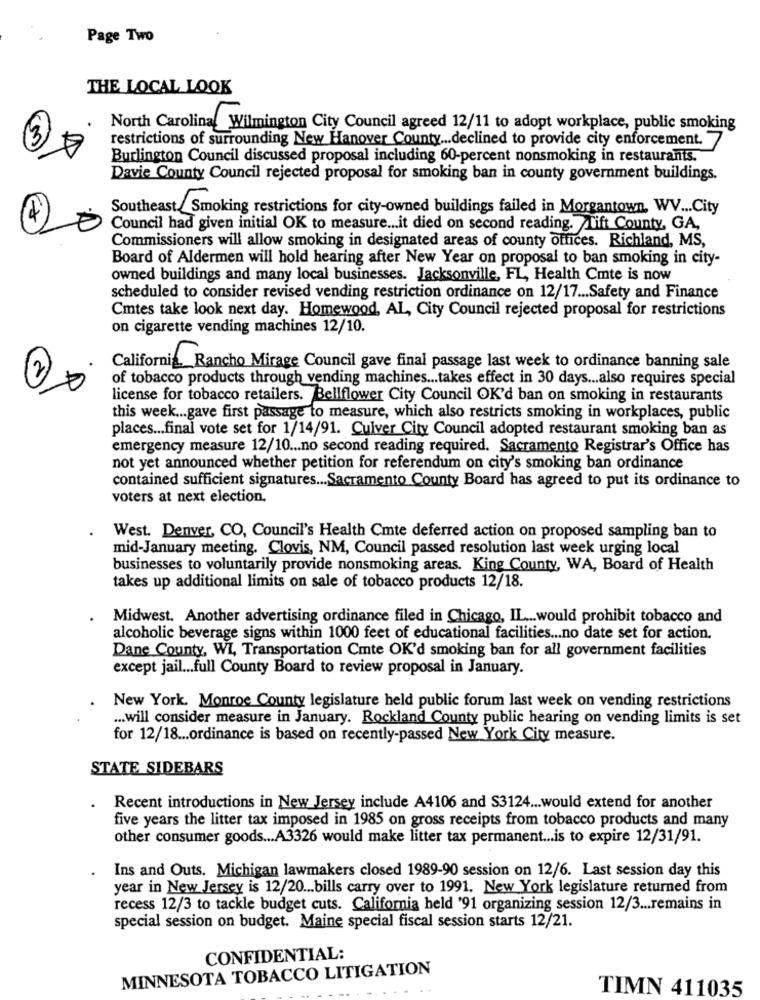
Page Two
THE LOCAL LOOK
North Carolina Wilmington City Council agreed 12/11 to adopt workplace, public smoking
restrictions of surrounding New Hanover County ... declined to provide city enforcement. 7
Burlington Council discussed proposal including 60-percent nonsmoking in restaurants.
Davie County Council rejected proposal for smoking ban in county government buildings.
Southeast./ Smoking restrictions for city-owned buildings failed in Morgantown, WV ... City
Council had given initial OK to measure ... it died on second reading. Tift County, GA,
Commissioners will allow smoking in designated areas of county offices. Richland, MS,
Board of Aldermen will hold hearing after New Year on proposal to ban smoking in city-
owned buildings and many local businesses. Jacksonville, FL, Health Cmte is now
scheduled to consider revised vending restriction ordinance on 12/17 ... Safety and Finance
Cmtes take look next day. Homewood, AL, City Council rejected proposal for restrictions
on cigarette vending machines 12/10.
California Rancho Mirage Council gave final passage last week to ordinance banning sale
of tobacco products through vending machines ... takes effect in 30 days ... also requires special
license for tobacco retailers. Bellflower City Council OK'd ban on smoking in restaurants
this week ... gave first passage to measure, which also restricts smoking in workplaces, public
places ... final vote set for 1/14/91. Culver City Council adopted restaurant smoking ban as
emergency measure 12/10 ... no second reading required. Sacramento Registrar's Office has
not yet announced whether petition for referendum on city's smoking ban ordinance
contained sufficient signatures ... Sacramento County Board has agreed to put its ordinance to
voters at next election.
West. Denver, CO, Council's Health Cmte deferred action on proposed sampling ban to
mid-January meeting. Clovis, NM, Council passed resolution last week urging local
businesses to voluntarily provide nonsmoking areas. King County, WA, Board of Health
takes up additional limits on sale of tobacco products 12/18.
Midwest. Another advertising ordinance filed in Chicago, IL ... would prohibit tobacco and
alcoholic beverage signs within 1000 feet of educational facilities ... no date set for action.
Dane County, WL, Transportation Cite OK'd smoking ban for all government facilities
except jail ... full County Board to review proposal in January.
New York. Monroe County legislature held public forum last week on vending restrictions
... will consider measure in January. Rockland County public hearing on vending limits is set
for 12/18 ... ordinance is based on recently-passed New York City measure.
STATE SIDEBARS
Recent introductions in New Jersey include A4106 and S3124 ... would extend for another
five years the litter tax imposed in 1985 on gross receipts from tobacco products and many
other consumer goods ... A3326 would make litter tax permanent ... is to expire 12/31/91.
Ins and Outs. Michigan lawmakers closed 1989-90 session on 12/6. Last session day this
year in New Jersey is 12/20 ... bills carry over to 1991. New York legislature returned from
recess 12/3 to tackle budget cuts. California held '91 organizing session 12/3 ... remains in
special session on budget. Maine special fiscal session starts 12/21.
CONFIDENTIAL:
MINNESOTA TOBACCO LITIGATION
TIMN 411035